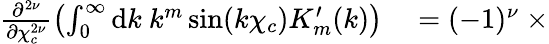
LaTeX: \begin{array}{rl}{\frac{\partial^{2{\nu}}}{\partial\chi_{c}^{2{\nu}}}\left(\int_{0}^{\infty}\mathrm{d}k\ k^{m}\sin(k\chi_{c})K_{m}^{\prime}(k)\right)}&{{}=(-1)^{{\nu}}\ \times}\end{array}